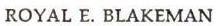
ROYAL E. BLAKEMAN